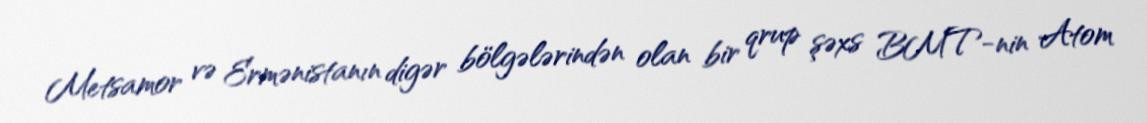
Metsamor və Ermənistanın digər bölgələrindən olan bir qrup şəxs BMT-nin Atom